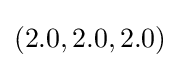
(2.0,2.0,2.0)